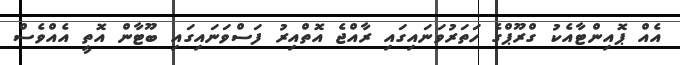
އެއް ޕޮއިންޓާއެކު ގްރޫޕްގެ ހަތަރުވަނައިގައި ރާއްޖެ އޮތްއިރު ފަސްވަނައިގައި ބޫޓާން އޮތީ އެއްވެސް